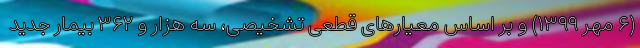
(۶ مهر ۱۳۹۹) و بر اساس معیارهای قطعی تشخیصی، سه هزار و ۳۶۲ بیمار جدید